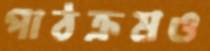
পাঠক্রমও